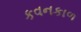
કવનકાળ